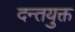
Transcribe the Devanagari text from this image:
दन्तयुक्त